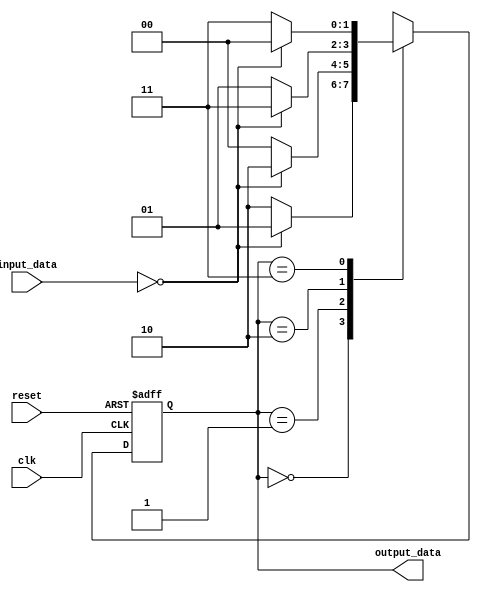
module FSM(
    input wire clk,
    input wire reset,
    input wire [1:0] input_data,
    output wire [1:0] output_data
);

// Define states
parameter S0 = 2'b00;
parameter S1 = 2'b01;
parameter S2 = 2'b10;
parameter S3 = 2'b11;

// Define state register
reg [1:0] current_state, next_state;

// State transition logic
always @(posedge clk or posedge reset) begin
    if (reset) begin
        current_state <= S0;
    end else begin
        current_state <= next_state;
    end
end

// Next state logic
always @* begin
    case(current_state)
        S0: begin
            if (input_data == 2'b00) begin
                next_state = S1;
            end else begin
                next_state = S2;
            end
        end
        S1: begin
            if (input_data == 2'b00) begin
                next_state = S2;
            end else begin
                next_state = S0;
            end
        end
        S2: begin
            if (input_data == 2'b00) begin
                next_state = S3;
            end else begin
                next_state = S1;
            end
        end
        S3: begin
            if (input_data == 2'b00) begin
                next_state = S0;
            end else begin
                next_state = S3;
            end
        end
        default: next_state = S0;
    endcase
end

// Output data assignment based on current state
assign output_data = current_state;

endmodule